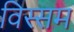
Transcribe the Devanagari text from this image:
विस्सम